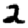
Digit: 2